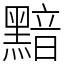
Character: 黯